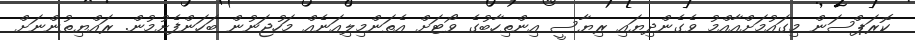
ކޮރަޕްސަން މިގައުމަށްއާއްމު ވެގެންދިޔައި ރިޔާސީ އިންތިހާބުގެ ވޯޓަށް އެތަންމިލިއަނެއް މަހުޖަނުން ބަހަންފެށުމުން. ރައްޔިތުންނަށް